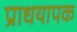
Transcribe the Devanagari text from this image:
प्राधयापक